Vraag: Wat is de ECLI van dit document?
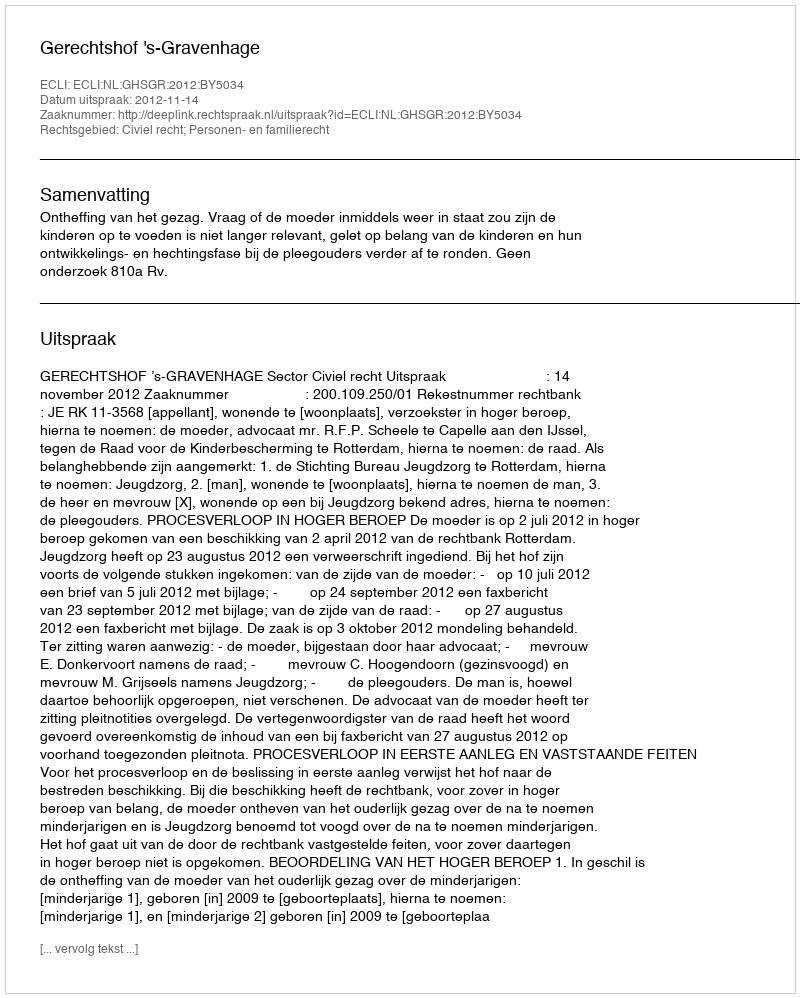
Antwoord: ECLI:NL:GHSGR:2012:BY5034